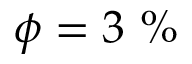
\phi = 3 ~ \%